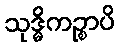
သုဒ္ဓိကဉ္စာပိ